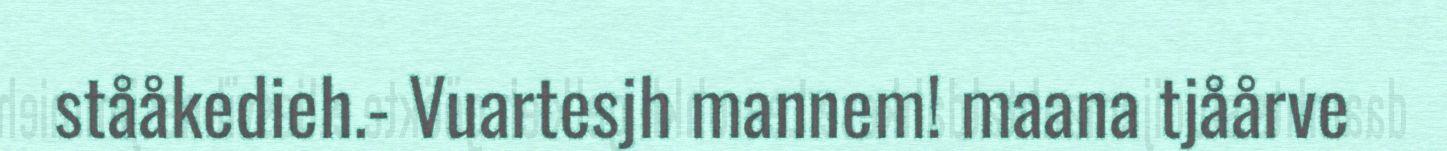
stååkedieh.- Vuartesjh mannem! maana tjåårve